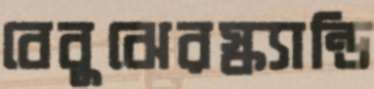
বেবুঝেরস্ক্যান্ডি